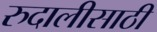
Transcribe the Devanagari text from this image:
रुदालीसाठी